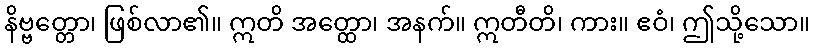
နိဗ္ဗတ္တော၊ ဖြစ်လာ၏။ ဣတိ အတ္ထော၊ အနက်။ ဣတီတိ၊ ကား။ ဧဝံ၊ ဤသို့သော။